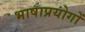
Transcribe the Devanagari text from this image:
भाषाप्रयोगों